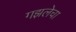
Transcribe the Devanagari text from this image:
गझलेचा